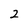
Character: 2